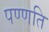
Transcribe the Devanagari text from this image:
पण्णति